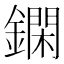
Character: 䥜